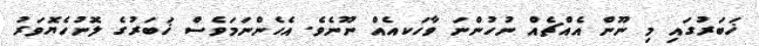
ޚަބަރުގައި މި ނޫން އެއްޗެއް ނުހުންނަ ވާހަކއެއް ނޫނެވެ. އެހެންނަމަވެސް ޚަބަރުގެ ލޮނުހެޔޮވަރު